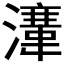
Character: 𱩚